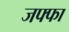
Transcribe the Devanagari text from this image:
जफ्फा